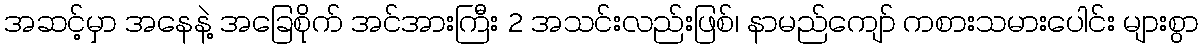
အဆင့်မှာ အနေနဲ့ အခြေစိုက် အင်အားကြီး 2 အသင်းလည်းဖြစ်၊ နာမည်ကျော် ကစားသမားပေါင်း များစွာ